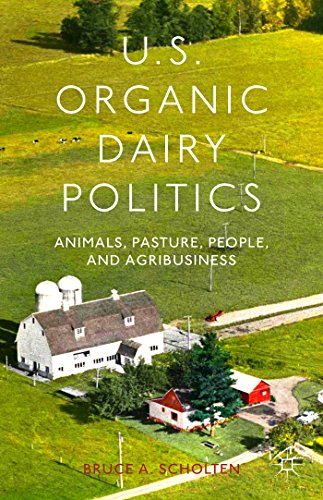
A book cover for US Organic Dairy Politics: Animals, Pasture, People, and Agribusiness; Bruce A. Scholten; Science & Math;